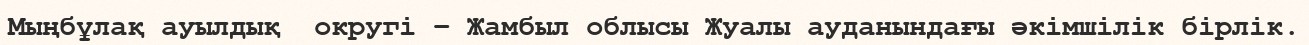
Мыңбұлақ ауылдық  округі – Жамбыл облысы Жуалы ауданындағы әкімшілік бірлік.